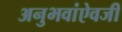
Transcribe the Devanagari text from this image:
अनुभवांऐवजी